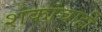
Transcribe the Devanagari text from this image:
शंकांचाही